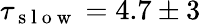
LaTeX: \tau_{\mathrm{~s~l~o~w~}}=4.7\pm 3